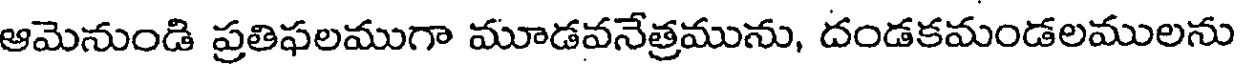
ఆమెనుండి ప్రతిఫలముగా మూడవనేత్రమును, దండకమండలములను